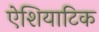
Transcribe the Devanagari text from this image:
ऐशियाटिक